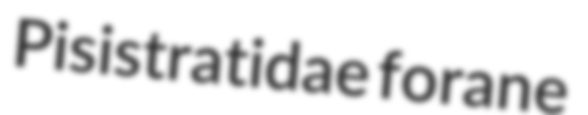
Pisistratidae forane